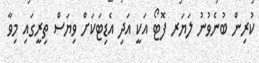
ކުރިން ބުނެވުނު ލަޔަރ ފޮޓޯ އަކީ އަދި އެޑިޓަކަށް ވިޔަސް ތިރީގައި މިވާ